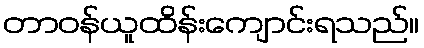
တာဝန်ယူထိန်းကျောင်းရသည်။